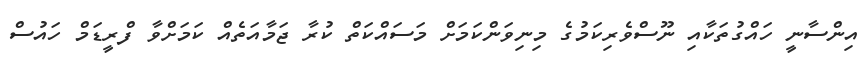
އިންސާނީ ހައްގުތަކާއި ނޫސްވެރިކަމުގެ މިނިވަންކަމަށް މަސައްކަތް ކުރާ ޖަމާއަތެއް ކަމަށްވާ ފްރީޑަމް ހައުސް